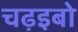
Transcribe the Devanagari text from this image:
चढ़इबो